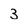
Character: 3